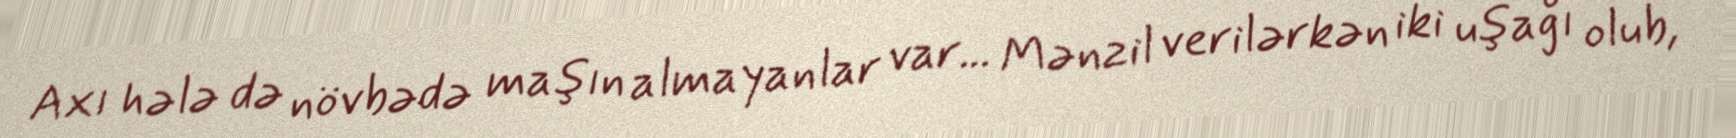
Axı hələ də növbədə maşın almayanlar var... Mənzil verilərkən iki uşağı olub,